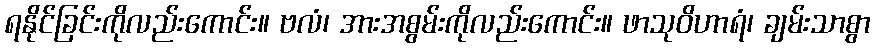
ရနိုင်ခြင်းကိုလည်းကောင်း။ ဗလံ၊ အားအစွမ်းကိုလည်းကောင်း။ ဖာသုဝိဟာရံ၊ ချမ်းသာစွာ